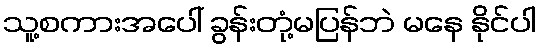
သူ့စကားအပေါ် ခွန်းတုံ့မပြန်ဘဲ မနေ နိုင်ပါ